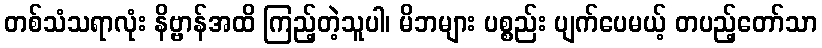
တစ်သံသရာလုံး နိဗ္ဗာန်အထိ ကြည့်တဲ့သူပါ၊ မိဘများ ပစ္စည်း ပျက်ပေမယ့် တပည့်တော်သာ